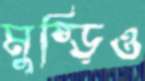
মুষ্‌ড়িও